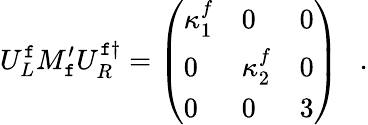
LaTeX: U_{L}^{\mathtt{f}}M_{\mathtt{f}}^{\prime}U_{R}^{\mathtt{f}\dagger}=\left(\begin{array}{lll}{{\kappa_{1}^{f}}}&{{0}}&{{0}}\\ {{0}}&{{\kappa_{2}^{f}}}&{{0}}\\ {{0}}&{{0}}&{{3}}\end{array}\right)~~~.